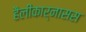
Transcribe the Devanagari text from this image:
हैलीकार्नासस